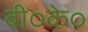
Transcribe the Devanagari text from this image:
बी०के०